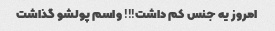
امروز یه جنس کم داشت!!! واسم پولشو گذاشت